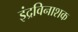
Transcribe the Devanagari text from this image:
इंद्रविनाशक